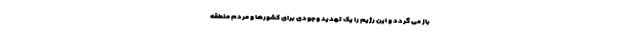
باز می گردد و این رژیم را یک تهدید وجودی برای کشورها و مردم منطقه